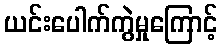
ယင်းပေါက်ကွဲမှုကြောင့်